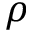
\boldsymbol { \rho }